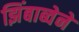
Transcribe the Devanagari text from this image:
झिंबाब्वेने